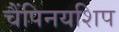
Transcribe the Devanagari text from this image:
चैंपिनयशिप